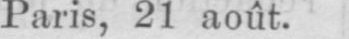
Paris, 21 août.